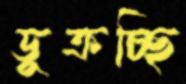
ডুক্‌রচ্ছি